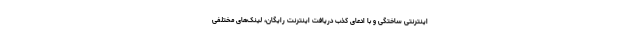
اینترنتی ساختگی و با ادعای کذب دریافت اینترنت رایگان، لینک‌های مختلفی